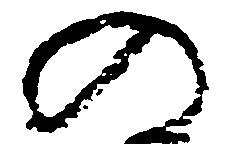
の